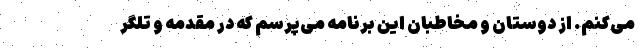
می‌کنم. از دوستان و مخاطبان این برنامه می‌پرسم که در مقدمه و تلگر